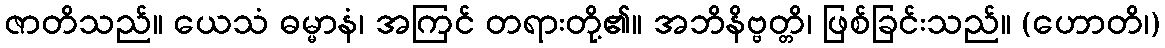
ဇာတိသည်။ ယေသံ ဓမ္မာနံ၊ အကြင် တရားတို့၏။ အဘိနိဗ္ဗတ္တိ၊ ဖြစ်ခြင်းသည်။ (ဟောတိ၊)